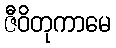
ဇီဝိတုကာမေ